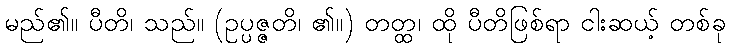
မည်၏။ ပီတိ၊ သည်။ (ဥပ္ပဇ္ဇတိ၊ ၏။) တတ္ထ၊ ထို ပီတိဖြစ်ရာ ငါးဆယ့် တစ်ခု